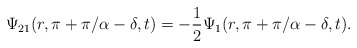
\begin{align*}\Psi_{21}(r,\pi+\pi/\alpha-\delta,t)=-{1\over2}\Psi_1(r,\pi+\pi/\alpha-\delta,t).\end{align*}